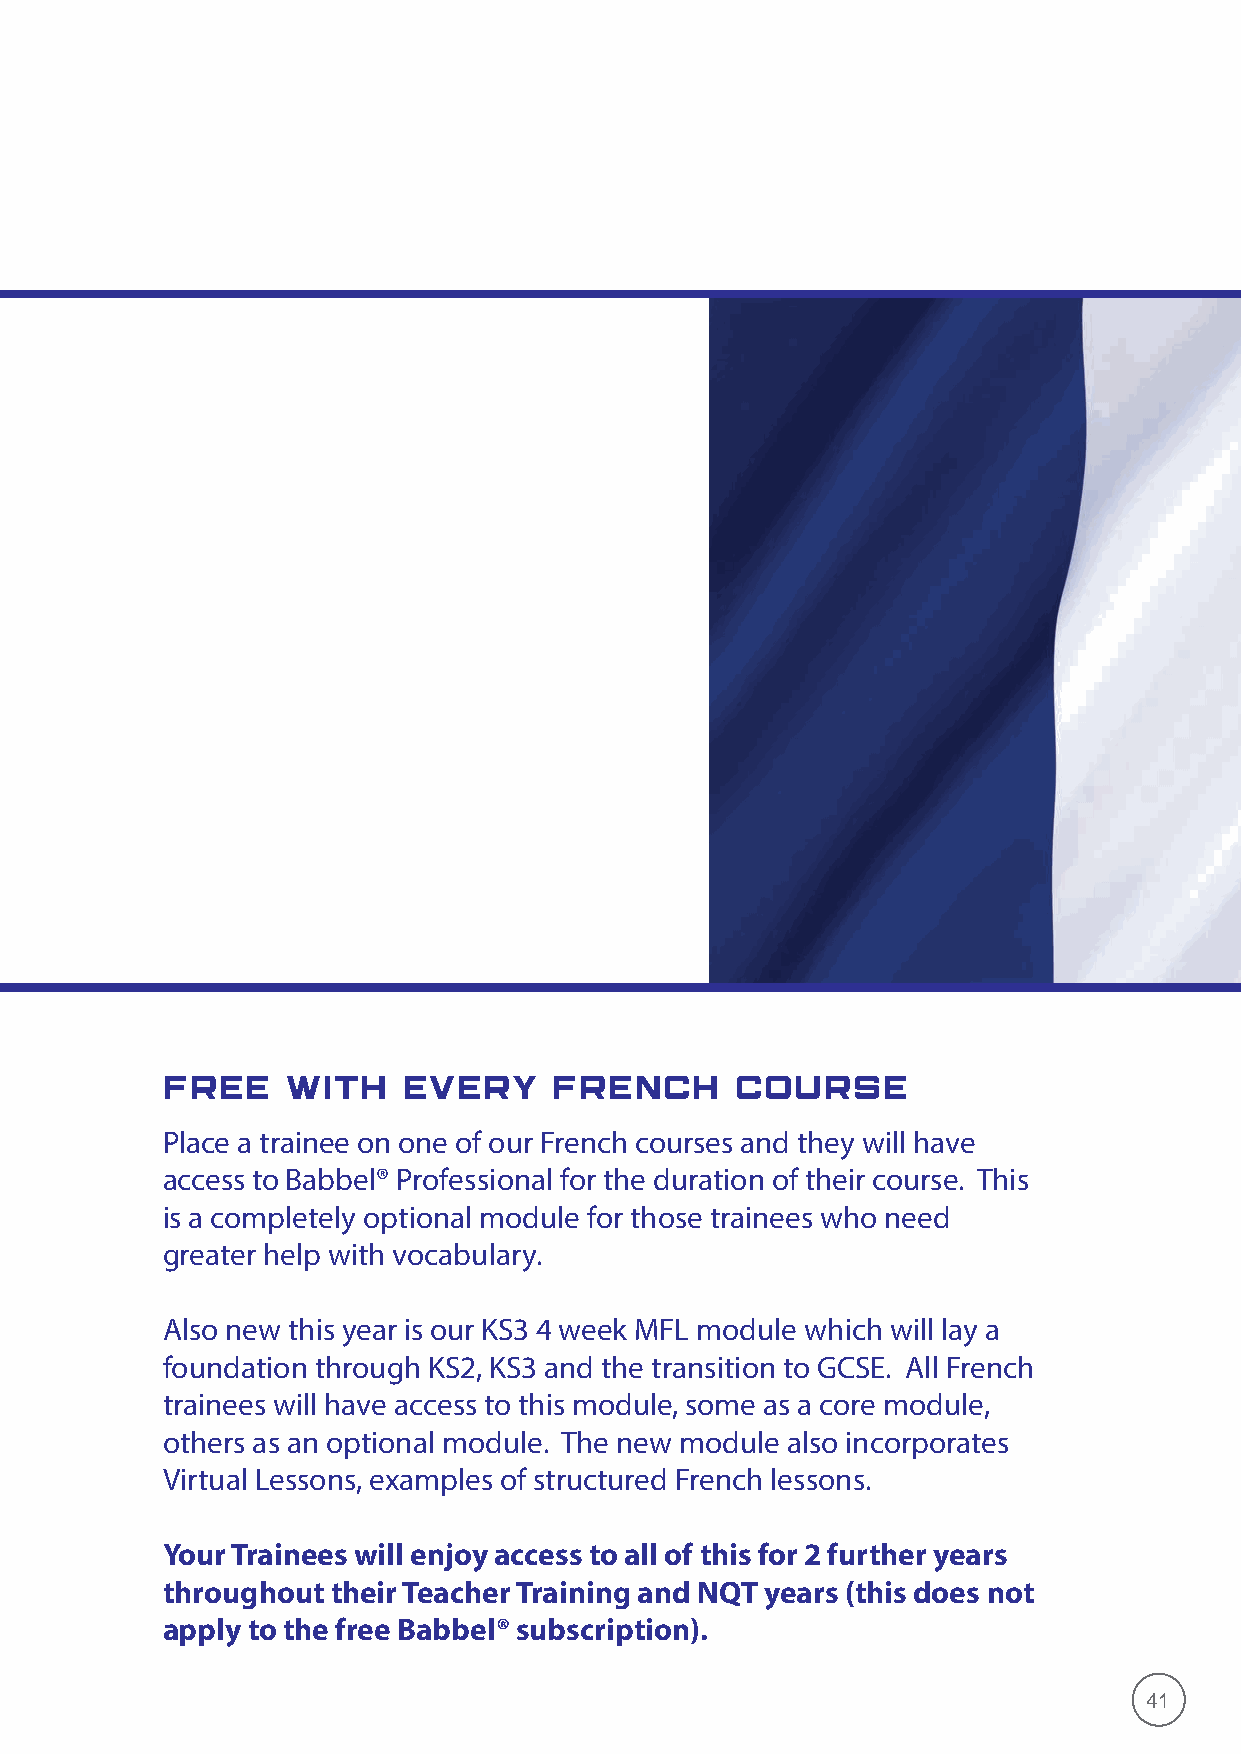
FREE    WITH    EVERY    french       COURSE
 Place a trainee on one of our French courses and they will have
 access to Babbel® Professional for the duration of their course. This
 is a completely optional module for those trainees who need
 greater help with vocabulary.
 Also new this year is our KS3 4 week MFL module which will lay a
 foundation through KS2, KS3 and the transition to GCSE. All French
 trainees will have access to this module, some as a core module,
 others as an optional module. The new module also incorporates
 Virtual Lessons, examples of structured French lessons.
 Your Trainees will enjoy access to all of this for 2 further years
 throughout their Teacher Training and NQT years (this does not
 apply to the free Babbel® subscription).
 41